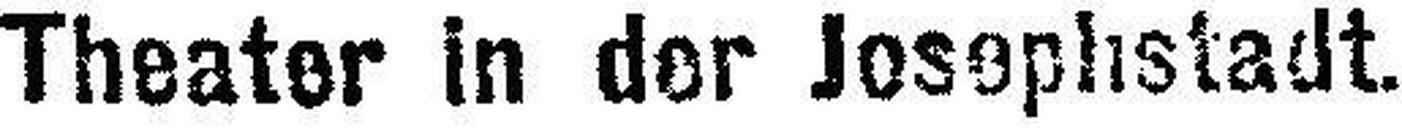
Theater in der Josephstadt.